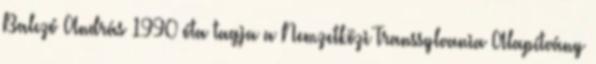
Balczó András 1990 óta tagja a Nemzetközi Transsylvania Alapítvány